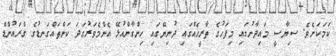
ކަމަކަށެވެ. ސިޔާސީ މައިދާނުގައި މިފަހުގެ ތާރީޚެއްގައި ދުނިޔޭގައި ހިންގާންއުޅޭ އެންމެވަރުގަދަ ކަންތައްގަނޑުގެ ގްރައުންޑް